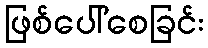
ဖြစ်ပေါ်စေခြင်း